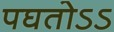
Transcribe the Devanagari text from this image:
पघतोऽऽ